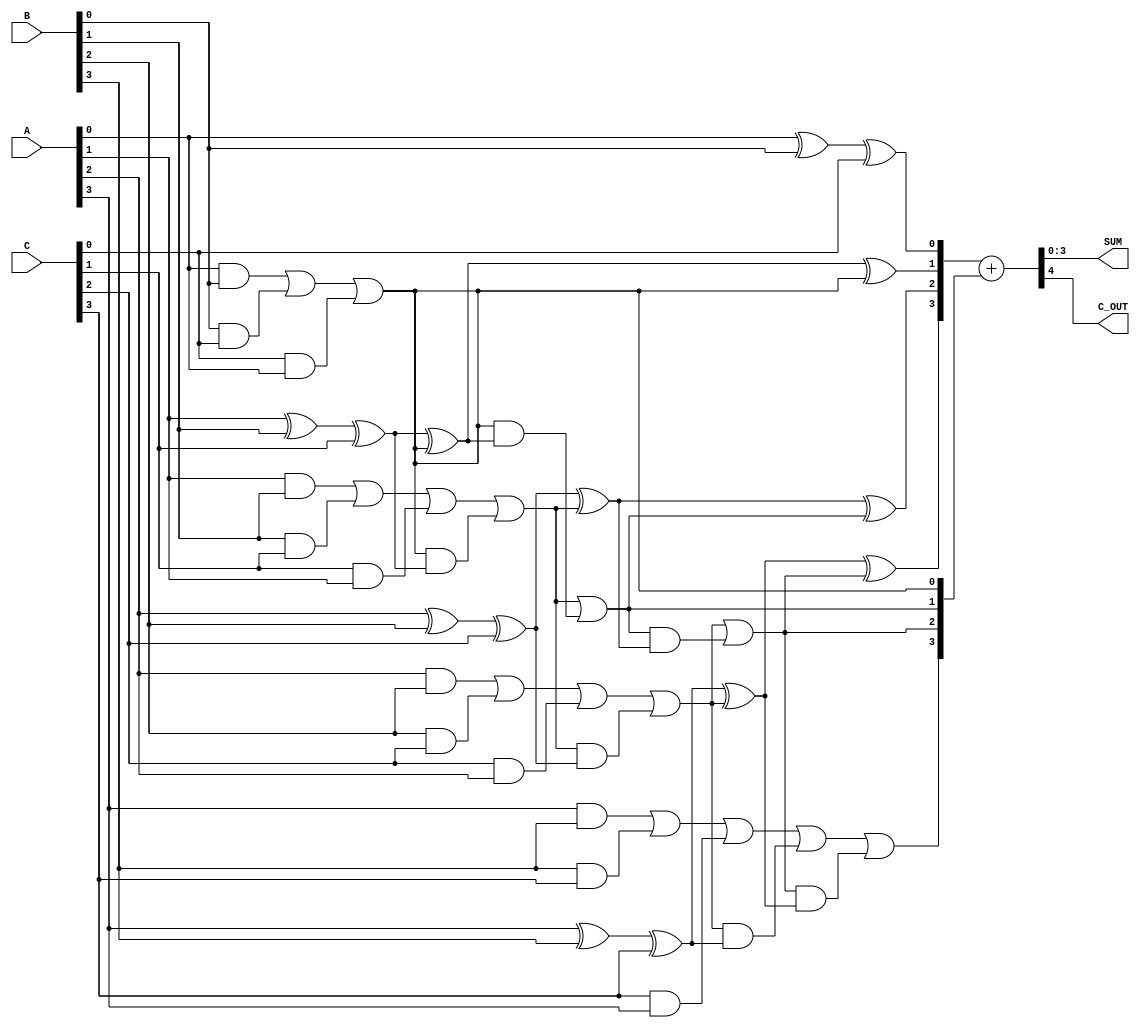
module carry_save_adder #(parameter N = 4) (
    input  [N-1:0] A,
    input  [N-1:0] B,
    input  [N-1:0] C,
    output [N-1:0] SUM,
    output C_OUT
);
    // Intermediate sums and carries
    wire [N-1:0] sum1, sum2;
    wire [N-1:0] carry1, carry2;

    // Full Adder instance for each bit
    genvar i;
    generate
        for (i = 0; i < N; i = i + 1) begin: full_adders
            // Full adder for the first stage
            if (i == 0) begin
                assign sum1[i] = A[i] ^ B[i] ^ C[i];
                assign carry1[i] = (A[i] & B[i]) | (B[i] & C[i]) | (C[i] & A[i]);
            end else begin
                assign sum1[i] = A[i] ^ B[i] ^ C[i] ^ carry1[i-1];
                assign carry1[i] = (A[i] & B[i]) | (B[i] & C[i]) | (C[i] & A[i]) | (carry1[i-1] & (A[i] ^ B[i] ^ C[i]));
            end
        end
    endgenerate

    // Second stage of full adders for carry save
    generate
        for (i = 0; i < N; i = i + 1) begin: full_adders2
            if (i == 0) begin
                assign sum2[i] = sum1[i]; // No carry from previous stage
                assign carry2[i] = carry1[i];
            end else begin
                assign sum2[i] = sum1[i] ^ carry2[i-1];
                assign carry2[i] = carry1[i] | (carry2[i-1] & sum1[i]);
            end
        end
    endgenerate

    // Final stage: Ripple Carry Adder to combine sum2 and carry2
    wire [N:0] final_sum; // N+1 bits to include carry out
    assign final_sum = {1'b0, sum2} + {1'b0, carry2};

    // Assign outputs
    assign SUM = final_sum[N-1:0];
    assign C_OUT = final_sum[N];

endmodule